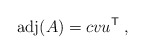
\begin{align*}{\rm adj}(A) = c v u^{\sf T} \;,\end{align*}